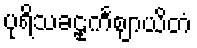
ပုရိသခဠုင်္ကဈာယိတံ